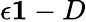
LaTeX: \epsilon\le 1-D